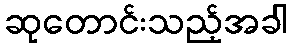
ဆုတောင်းသည့်အခါ